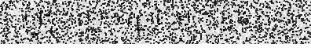
បញ្ចុះ ក្បាច់ ក្បូរលម្អ ។ ខ្ទង់ មាន